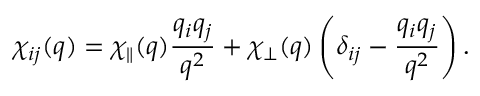
\chi _ { i j } ( q ) = \chi _ { \parallel } ( q ) \frac { q _ { i } q _ { j } } { q ^ { 2 } } + \chi _ { \perp } ( q ) \left( \delta _ { i j } - \frac { q _ { i } q _ { j } } { q ^ { 2 } } \right) .